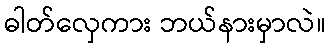
ဓါတ်လှေကား ဘယ်နားမှာလဲ။